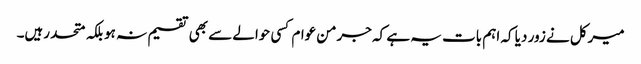
میرکل نے زور دیا کہ اہم بات یہ ہے کہ جرمن عوام کسی حوالے سے بھی تقسیم نہ ہو بلکہ متحد رہیں۔